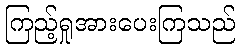
ကြည့်ရှုအားပေးကြသည်